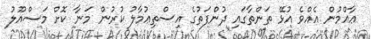
ޢާއްމުން އެއްވެ އުޅޭ ތަންތާގައި ދުންފަތުގެ އިސްތިޢުމާލު ކުރުން މަނާ ކޮށް މަސްއޫލު